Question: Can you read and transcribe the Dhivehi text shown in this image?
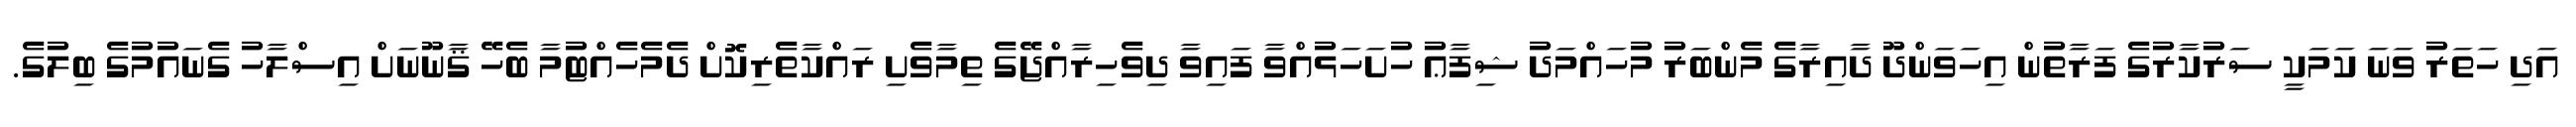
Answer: އަދި ހަތަރު ވަނަ ކަމަކީ ސަރުކާރުގެ ފަރާތުން އިހަވަންދޫ ދާއިރާގެ މެންބަރު މުހައްމަދު ޝިފާޢު ހުށަހަޅުއްވާ ފައިވާ ދިވެހިރާއްޖޭގެ ތިމާވެށި ރައްކާތެރިކޮށް ދެމެހެއްޓުމާ ބެހޭ ޤާނޫނަށް އިސްލާހު ގެނައުމުގެ ބިލުގެ.